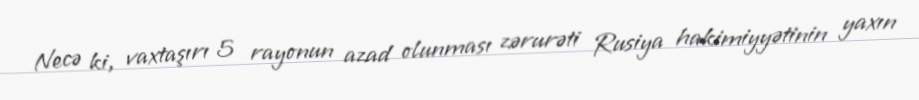
Necə ki, vaxtaşırı 5 rayonun azad olunması zərurəti Rusiya hakimiyyətinin yaxın